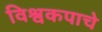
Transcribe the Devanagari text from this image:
विश्वकपाचे